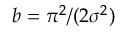
b = \pi ^ { 2 } / ( 2 \sigma ^ { 2 } )